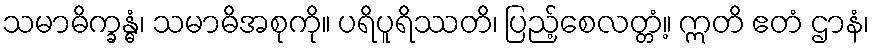
သမာဓိက္ခန္ဓံ၊ သမာဓိအစုကို။ ပရိပူရိဿတိ၊ ပြည့်စေလတ္တံ့။ ဣတိ ဧတံ ဌာနံ၊